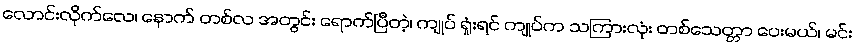
လောင်းလိုက်လေ၊ နောက် တစ်လ အတွင်း ရောက်ပြီတဲ့၊ ကျုပ် ရှုံးရင် ကျုပ်က သကြားလုံး တစ်သေတ္တာ ပေးမယ်၊ မင်း